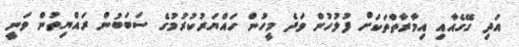
އަދި ގޭގެއާއި އިމާރާތްތަކަށް ފުލުހުން ވަދެ މީހުން ހައްޔަރުކުރުމުގެ ސަބަބުން ރައްޔިތުން ވަނީ